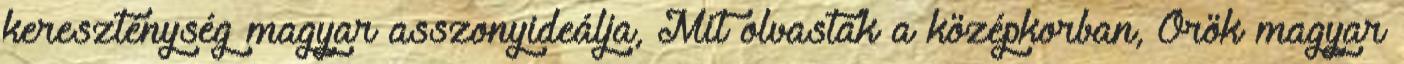
kereszténység magyar asszonyideálja, Mit olvastak a középkorban, Örök magyar